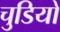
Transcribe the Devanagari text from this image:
चुडियों